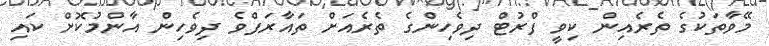
މޭވާތަކުގެ ތެރެއިން ކިވީ ފްރުޓް ދިވެހިންގެ ތެރެއަށް ތައާރަފްވެ ދިވެހިން އާންމުކޮށް ކައި